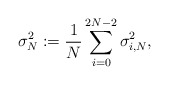
\begin{align*} \sigma^2_N:=\frac{1}{N}\sum_{i=0}^{2N-2}\sigma^2_{i,N},\end{align*}